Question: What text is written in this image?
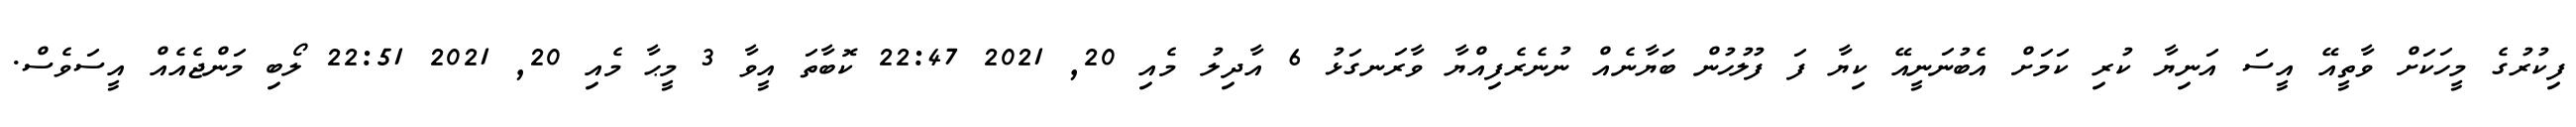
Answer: ފިކުރުގެ މީހަކަށް ވާތީއޭ އީސަ އަނިޔާ ކުރި ކަމަށް އެބުނަނީއޭ ކިޔާ ފަ ފުލުހުން ބަޔާނެއް ނުނެރެފިއްޔާ ވާރަނގަޅު 6 އާދިލު މެއި 20, 2021 22:47 ކޮބާތަ އީވާ 3 މީޙާ މެއި 20, 2021 22:51 ލޯބި މަންޖެއެއް އީސަވެސް.